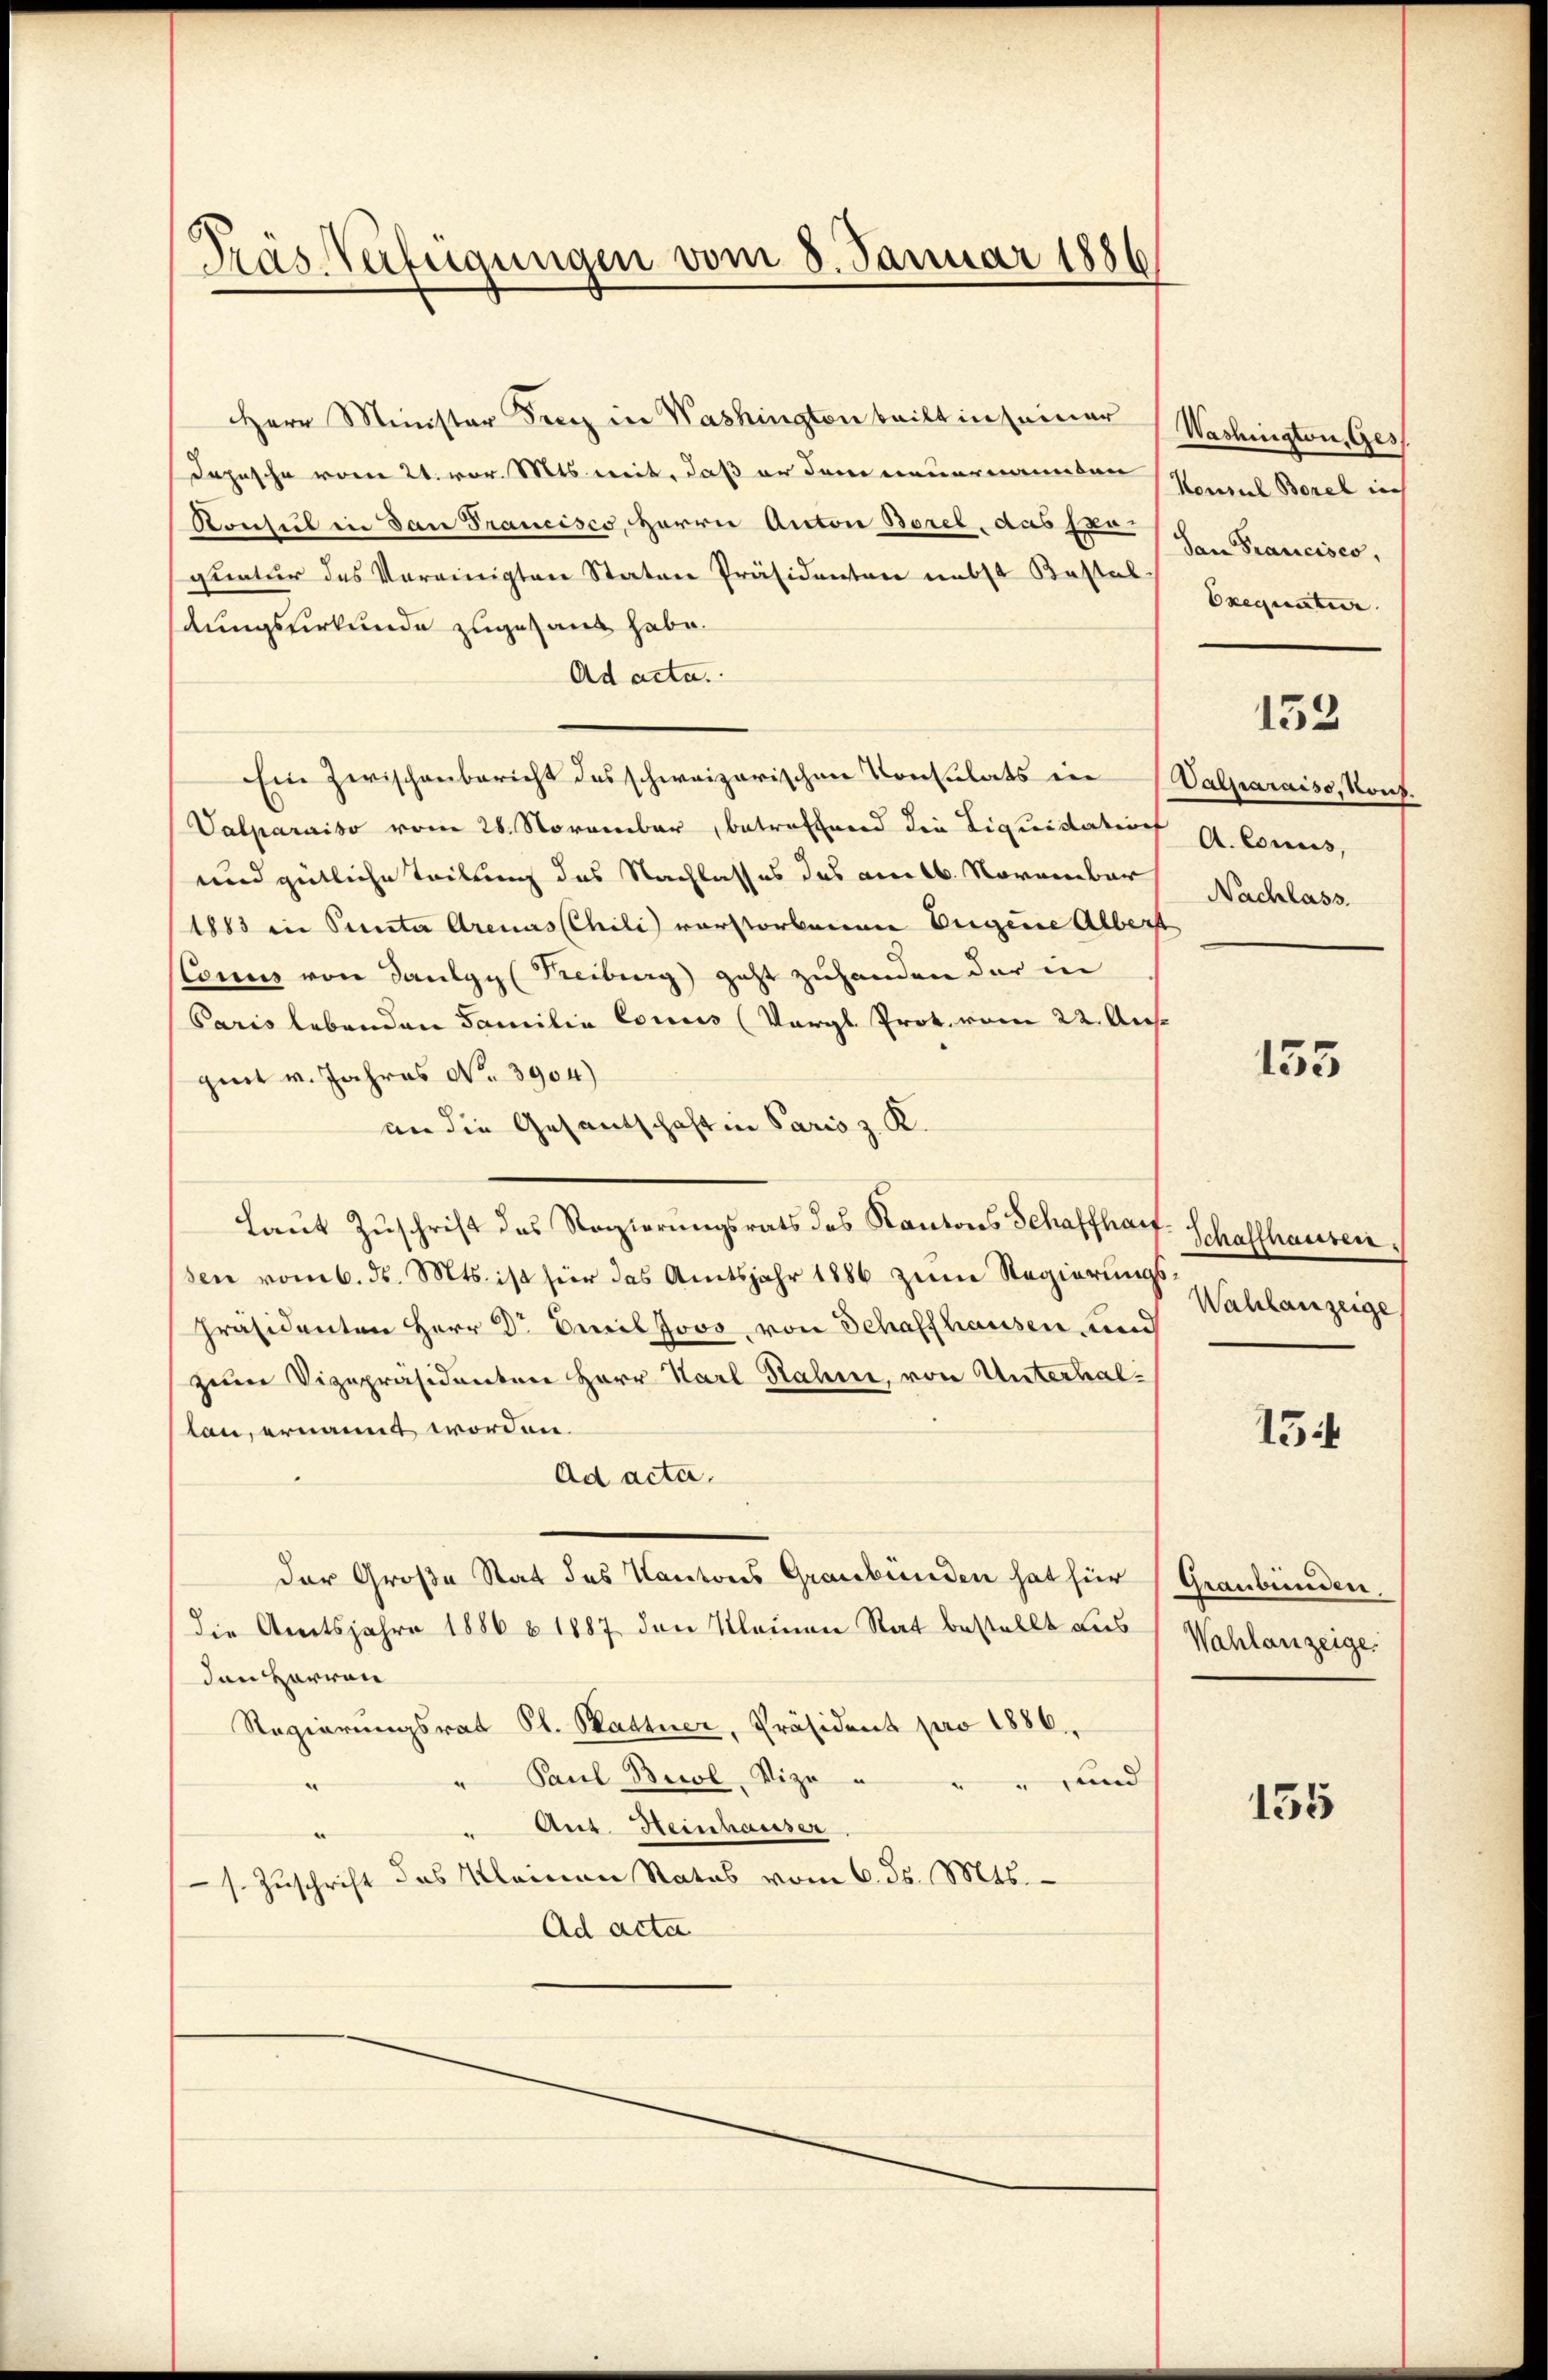
Tras Verfügungen vom 8. Januar 1886

Herr Minister Fierz in Washingten beilt in seiner (Washington, Ges
Dopische vom 21. vor. Mts. mit, daß er dem neuernannten Konsul Borel ich
Konsul in dan Francisco, Herrn Anton Borel, das Exo-
quatur des Vereinigten Staten Präsidenten nebst Kastal
dungsurkunde zuges aus habe.
Ad acta.
Ein zwischenbericht des schweizerischen Konsulats ein Valparaiss, Kons.
Valparaiso vom 28. November, betreffend die Liquidation
und gütliche Teilung des Nachlasses das am 6. November
1883 in Puncte Arenaschili vorstorbenen Eugene Albert
Ctonus von Daulgy (Freiburg geht zuhanden der in
Paris lebenden Familie conus (Vergl. Prot. vom 22. Ausget v. Jahres No 3904)
an die Gesandschaft in Paris z. K.
Laut Zuschrift des Regierungsrats des Kantons Schaffhaus
sen vom 6. ds. Mts. ist für das Amtsjahr 1886 zum Regierungs¬
Präsidenten Herr Dr Emil Jovo, von Schaffhausen und
zum Vizepräsidenten Herr Karl Rahme, von Unterhallan, ernannt worden.
Ad acta.
der Große Stat des Kantons Graubünden hat für Graubünden.
(die Amtsjahre 1886 § 1887 den Kleinen Rat bestellt aus Wahlanzeige
den Herren
Regierungsrat Pl. Battner, Präsident pro 1886.
" Paul Besol, Vizo und
e
Ant. Heinhauser
s. Zuschrift des Kleinen Status vom 6. ds. Mts.
Ad acta

San Francisco,
Exequatur.
132
A. Conus,
Nachlass.

155

Schaffhausen.
Wahlanzeige

154

155